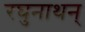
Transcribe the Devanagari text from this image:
रघुनाथन्